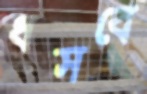
ধসবে